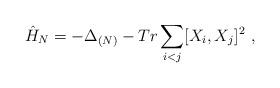
LaTeX: \begin{align*}\hat{H}_{N}=-\Delta_{(N)} - Tr \sum_{i<j}[X_{i},X_{j}]^{2}\ ,\end{align*}